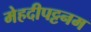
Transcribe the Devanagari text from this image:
मेहदीपट्टनम